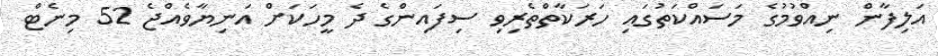
އަލިފާން ނިއްވުމުގެ މަސައްކަތުގައި ހަރަކާތްތެރިވި ސިފައިންގެ ދެ މީހަކަށް އަނިޔާވެއްޖެ 52 މިނެޓް